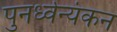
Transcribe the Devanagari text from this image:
पुनर्ध्वन्यंकन